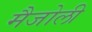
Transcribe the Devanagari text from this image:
मैजोली